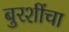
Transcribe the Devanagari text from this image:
बुरशींचा